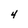
Character: 4